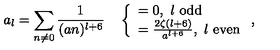
a _ { l } = \sum _ { n \neq 0 } \frac { 1 } { ( a n ) ^ { l + 6 } } \quad \left\{ \begin{array} { l } { = 0 , \ l \ \mathrm { o d d } } \\ { = \frac { 2 \zeta ( l + 6 ) } { a ^ { l + 6 } } , \ l \ \mathrm { e v e n } } \\ \end{array} \right. ,